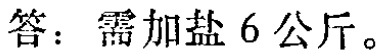
答：需加盐 6 公斤。